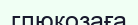
глюкозаға